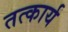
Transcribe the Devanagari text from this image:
तत्कार्य